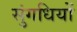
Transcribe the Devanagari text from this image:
सुंगधियों